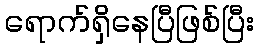
ရောက်ရှိနေပြီဖြစ်ပြီး